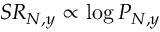
S R _ { N , y } \propto \log P _ { N , y }